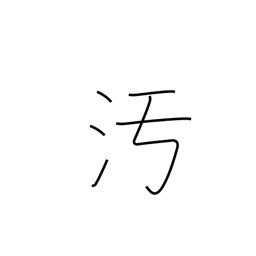
Meaning: disgrace